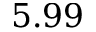
5 . 9 9